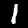
Label: 1